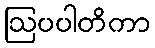
ဩပပါတိကာ